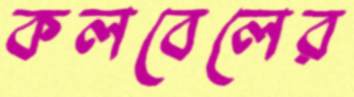
কলবেলের